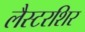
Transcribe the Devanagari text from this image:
लैस्टरशिर